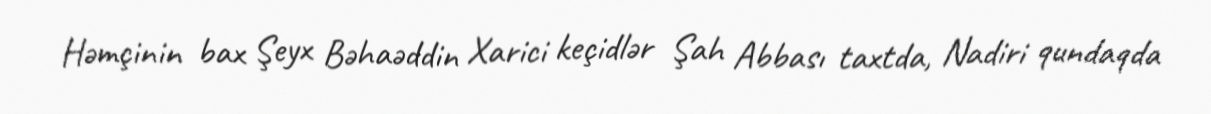
Həmçinin bax Şeyx Bəhaəddin Xarici keçidlər Şah Abbası taxtda, Nadiri qundaqda